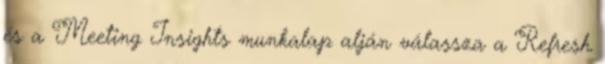
és a Meeting Insights munkalap alján válassza a Refresh